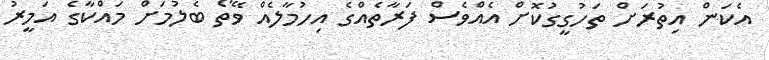
އެކަން އިތުރަށް ތަހުގީގުކޮށް އެއްވެސް ފަރާތެއްގެ އިހުމާލެއް ވޭތޯ ބެލުމަށް މައްކާގެ އަމީރު